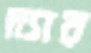
দ্যার